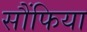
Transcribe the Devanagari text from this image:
सौंफिया